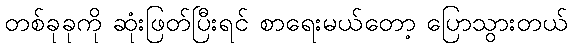
တစ်ခုခုကို ဆုံးဖြတ်ပြီးရင် စာရေးမယ်တော့ ပြောသွားတယ်